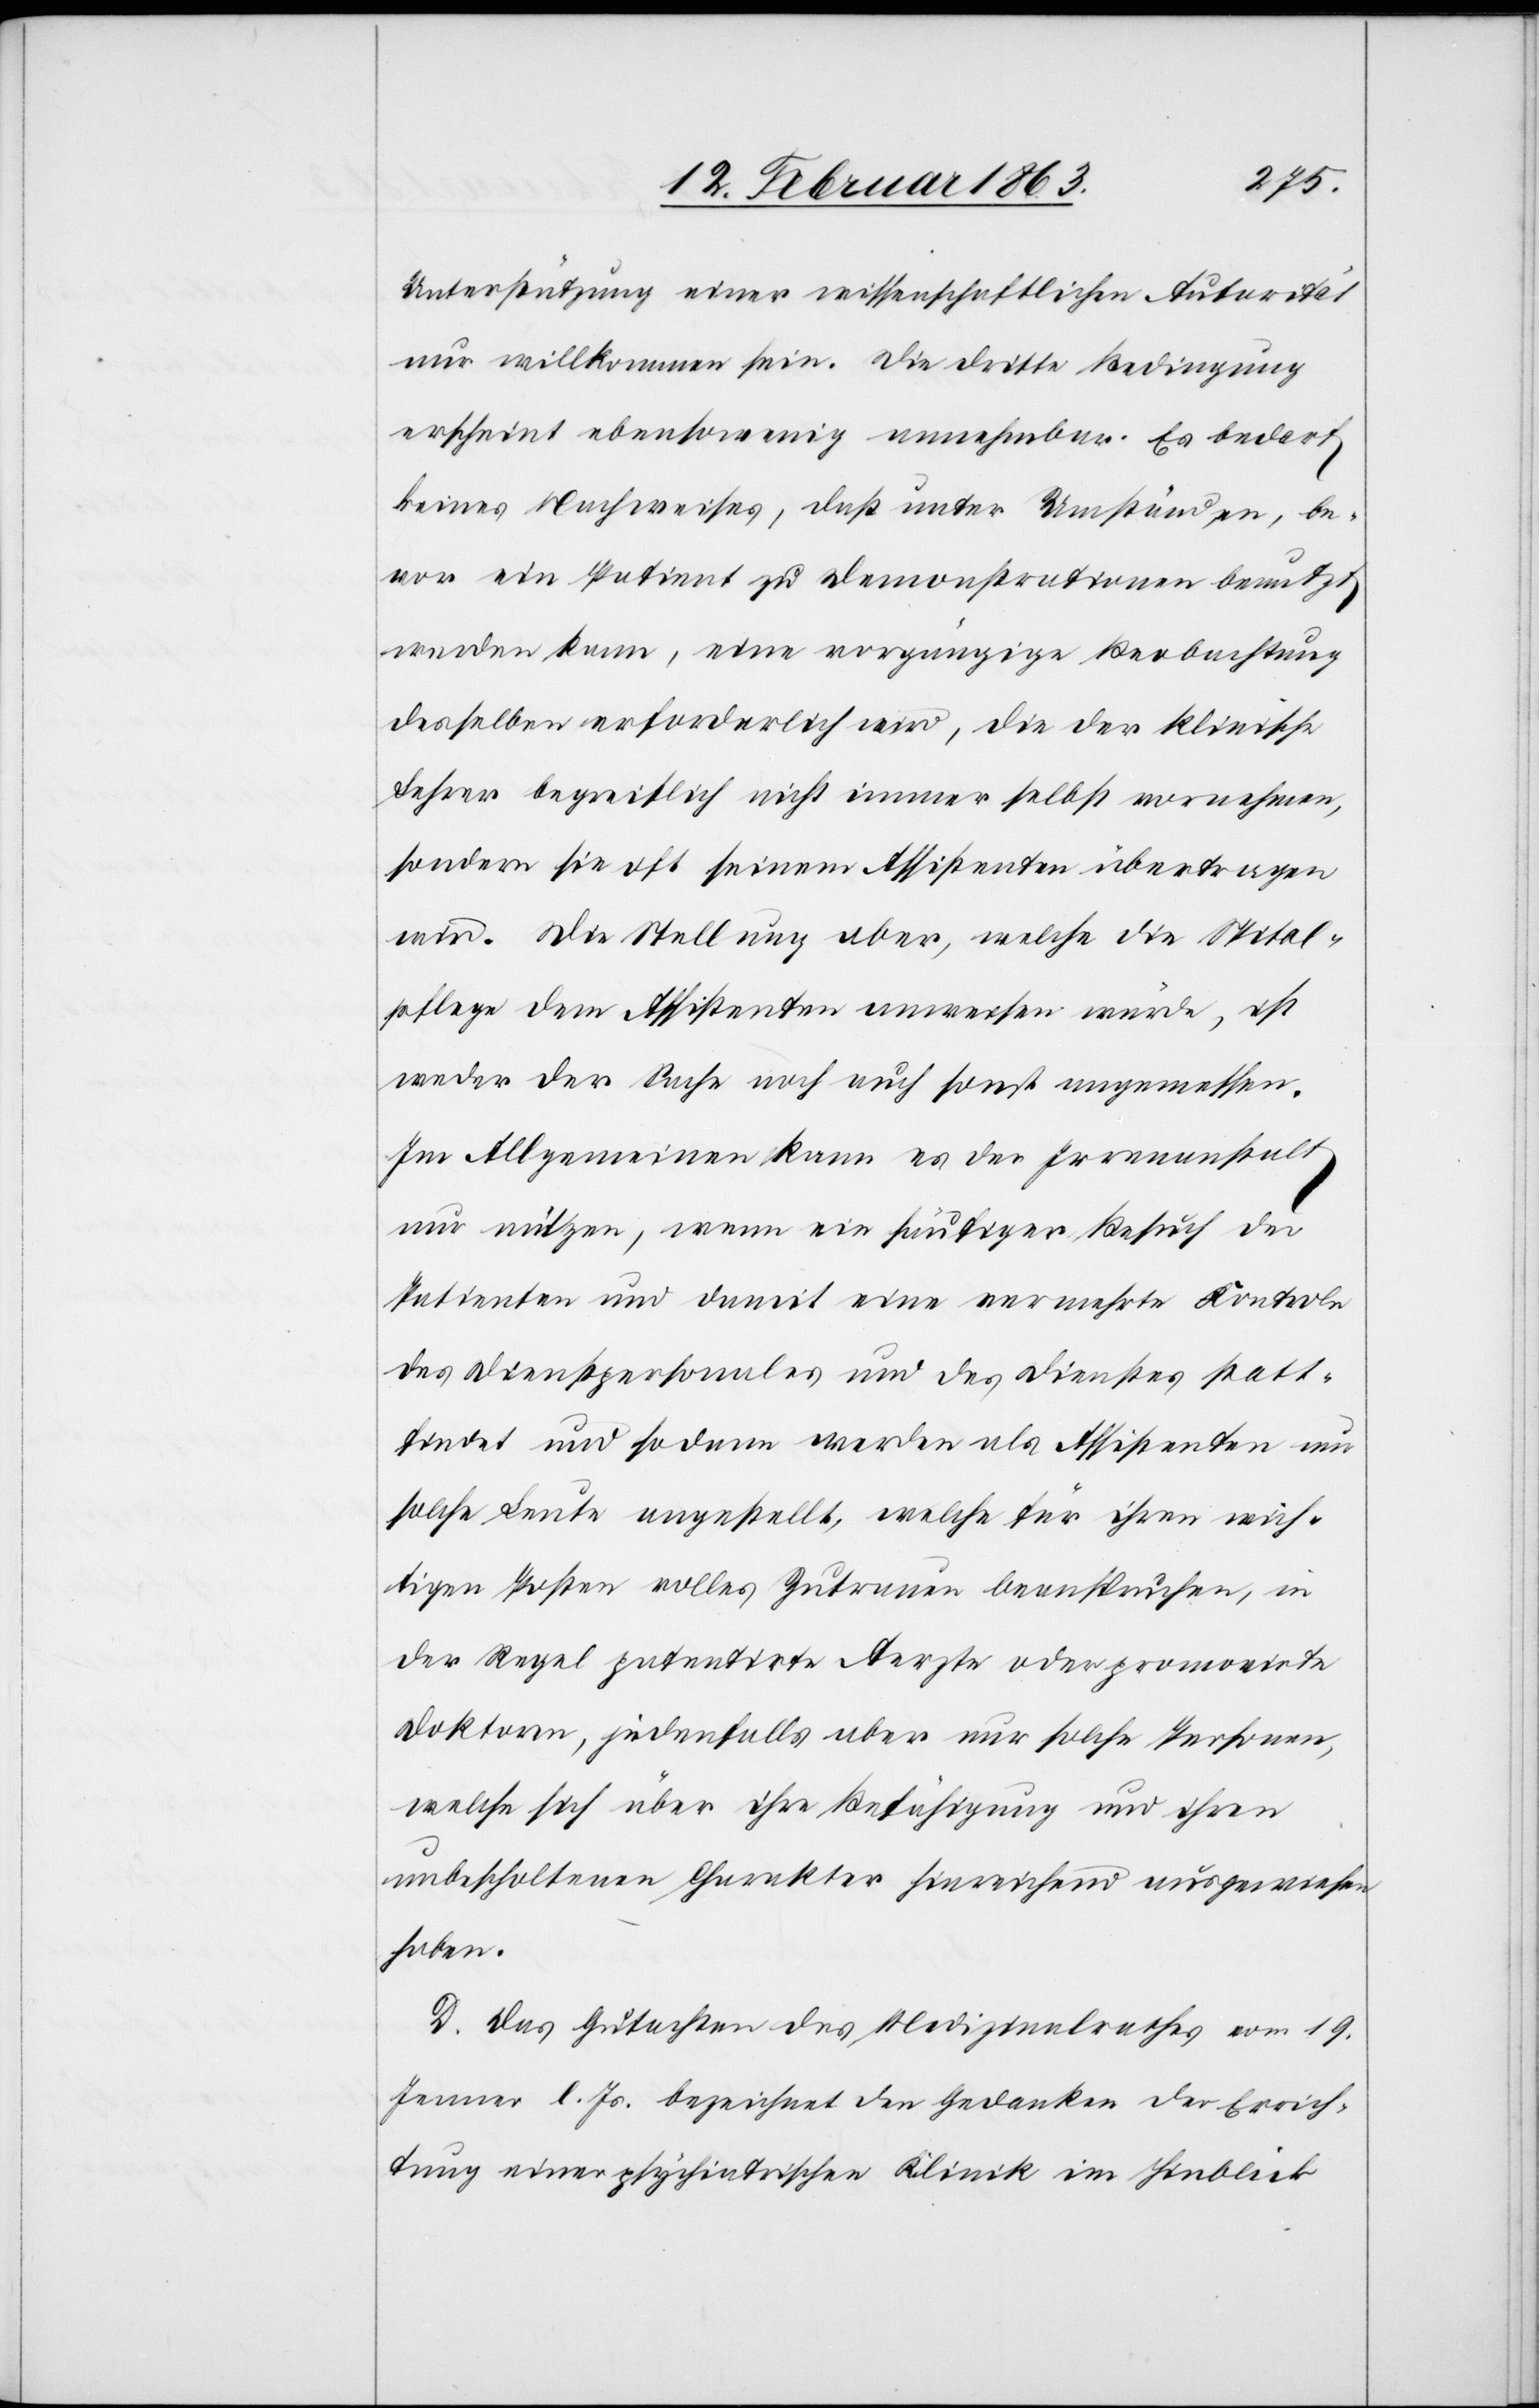
Unterstützung einer wissenschaftlichen Autorität
nur willkommen sein. Die dritte Bedingung
erscheint ebensowenig annehmbar. Es bedarf
keines Nachweises, daß unter Umständen, be¬
vor ein Patient zu Demonstrationen benutzt
werden kann, eine vorgängige Beobachtung
desselben erforderlich wird, die der klinische
Lehrer begreiflich nicht immer selbst vornehmen,
sondern sie oft seinem Assistenten übertragen
wird. Die Stellung aber, welche die Spital¬
pflege dem Assistenten anweisen würde, ist
weder der Sache noch auch sonst angemessen.
Im Allgemeinen kann es der Irrenanstalt
nur nützen, wenn ein häufiger Besuch der
Patienten und damit eine vermehrte Kontrole
des Dienstpersonales und des Dienstes statt¬
findet und sodann werden als Assistenten nur
solche Leute angestellt, welche für ihren wich¬
tigen Posten volles Zutrauen beanspruchen, in
der Regel patentirte Aerzte oder promovirte
Doktoren, jedenfalls aber nur solche Personen,
welche sich über ihre Befähigung und ihren
unbescholtenen Charakter hinreichend ausgewiesen
haben.
D. Das Gutachten des Medizinalrathes vom 19.
Jenner l. Js. bezeichnet den Gedanken der Errich¬
tung einer psychiatrischen Klinik im Hinblick